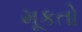
મૂકતો